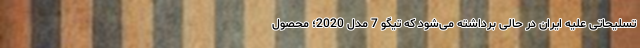
تسلیحاتی علیه ایران در حالی برداشته می‌شود که تیگو 7 مدل 2020؛ محصول